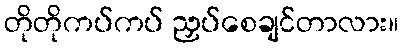
တိုတိုကပ်ကပ် ညှပ်စေချင်တာလား။